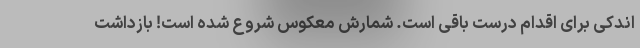
اندکی برای اقدام درست باقی است. شمارش معکوس شروع شده است! بازداشت